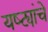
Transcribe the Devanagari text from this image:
यष्ट्यांचे